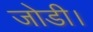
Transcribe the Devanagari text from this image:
जोडी।